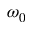
\omega _ { 0 }